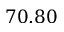
7 0 . 8 0